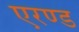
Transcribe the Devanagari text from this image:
एरण्ड